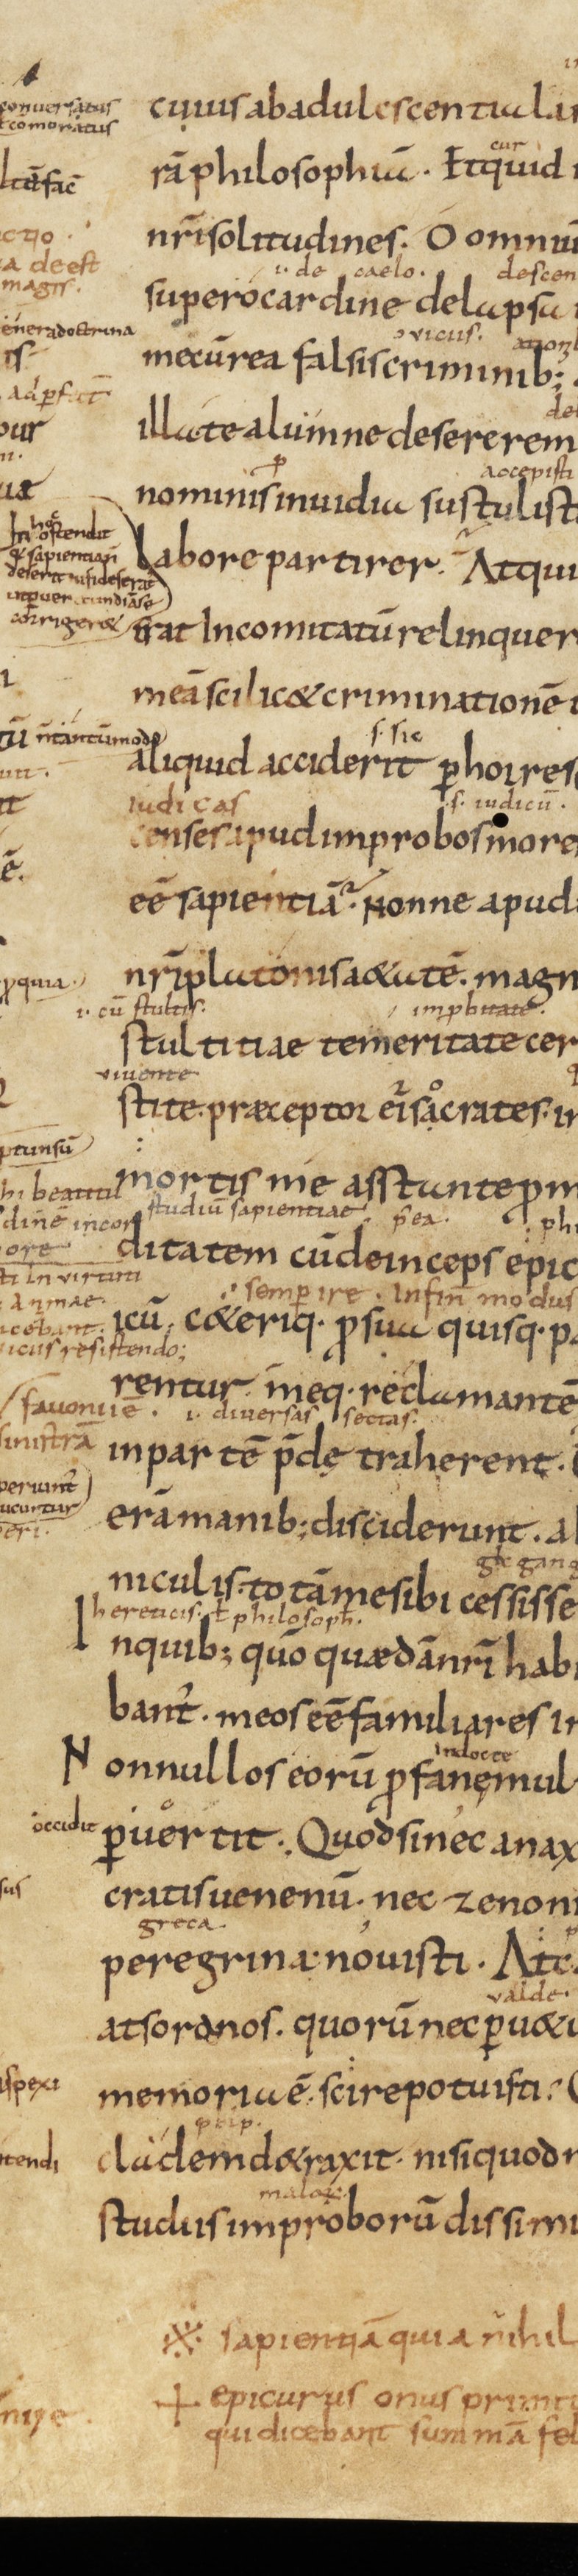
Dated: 833–999